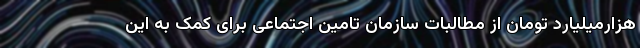
هزارمیلیارد تومان از مطالبات سازمان تامین اجتماعی برای کمک به این